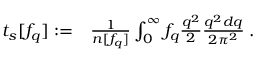
\begin{array} { r l } { t _ { s } [ f _ { q } ] : = } & { { } \frac { 1 } { n [ f _ { q } ] } \int _ { 0 } ^ { \infty } f _ { q } \frac { q ^ { 2 } } { 2 } \frac { q ^ { 2 } d q } { 2 \pi ^ { 2 } } \; . } \end{array}